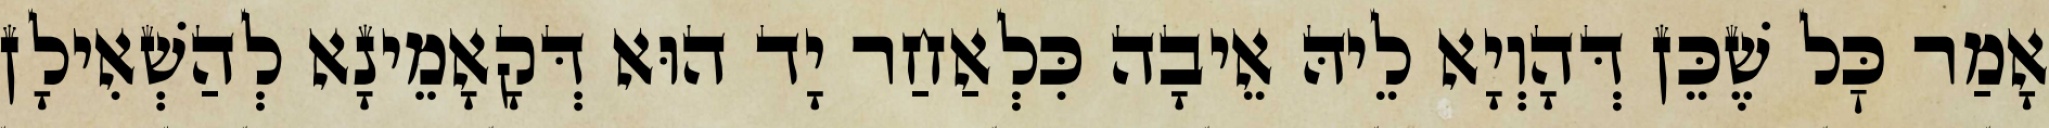
אָמַר כׇּל שֶׁכֵּן דְּהָוְיָא לֵיהּ אֵיבָה כִּלְאַחַר יָד הוּא דְּקָאָמֵינָא לְהַשְׁאִילָן